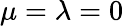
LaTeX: \mu=\lambda=0